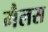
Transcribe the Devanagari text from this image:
मैलस